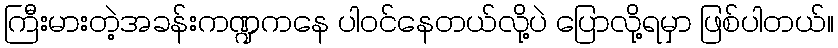
ကြီးမားတဲ့အခန်းကဏ္ဍကနေ ပါဝင်နေတယ်လို့ပဲ ပြောလို့ရမှာ ဖြစ်ပါတယ်။